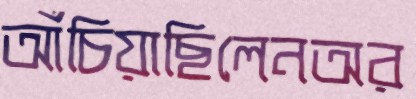
আঁচিয়াছিলেনঅর